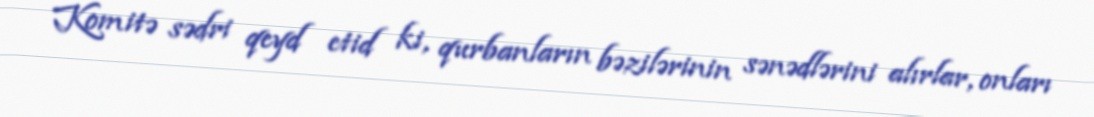
Komitə sədri qeyd etid ki, qurbanların bəzilərinin sənədlərini alırlar, onları